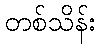
တစ်သိန်း